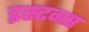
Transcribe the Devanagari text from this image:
इस्टन्स